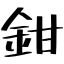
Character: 鉗